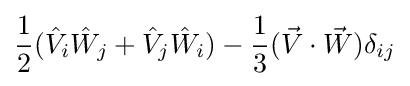
{\frac {1}{2}}({\hat {V}}_{i}{\hat {W}}_{j}+{\hat {V}}_{j}{\hat {W}}_{i})-{\frac {1}{3}}({\vec {V}}\cdot {\vec {W}})\delta _{ij}